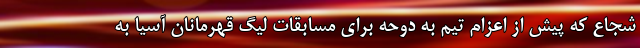
شجاع که پیش از اعزام تیم به دوحه برای مسابقات لیگ قهرمانان آسیا به